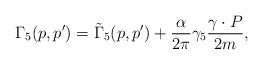
LaTeX: \begin{align*}\Gamma_5(p,p')=\tilde{\Gamma}_5(p,p')+\frac{\alpha}{2\pi} \gamma_5\frac{\gamma\cdot P}{2m}, \end{align*}